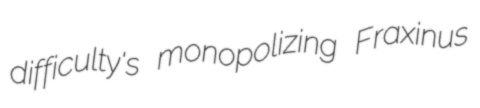
difficulty's monopolizing Fraxinus